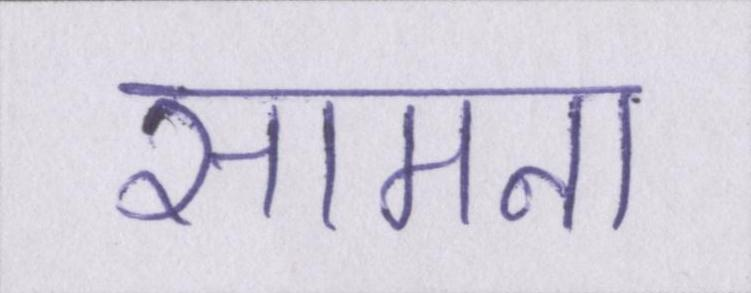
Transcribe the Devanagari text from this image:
सामना